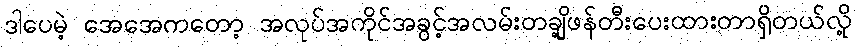
ဒါပေမဲ့ အေအေကတော့ အလုပ်အကိုင်အခွင့်အလမ်းတချို့ဖန်တီးပေးထားတာရှိတယ်လို့